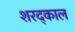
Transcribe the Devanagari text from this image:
शरद्काल